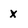
Character: x